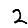
Digit: 2